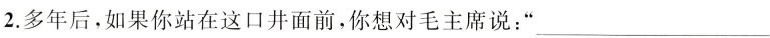
2.多年后，如果你站在这口井面前，你想对毛主席说：”___